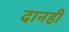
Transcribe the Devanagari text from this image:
दानही